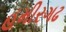
હમીરગઢ